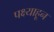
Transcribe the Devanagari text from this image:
पक्ष्याहून